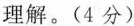
理解。(4分)